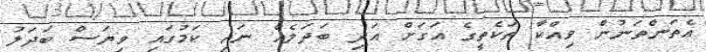
އެތަންތަނުން ވިއްކާ ތަކެތީގެ އަގަށް އަދި ބަދަލެއް ނައި ކަމުގައި ވިޔަސް ބަދަލު